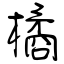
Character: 橘